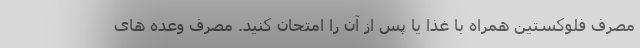
مصرف فلوکستین همراه با غذا یا پس از آن را امتحان کنید. مصرف وعده های